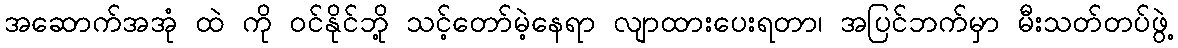
အဆောက်အအုံ ထဲ ကို ဝင်နိုင်ဘို့ သင့်တော်မဲ့နေရာ လျာထားပေးရတာ၊ အပြင်ဘက်မှာ မီးသတ်တပ်ဖွဲ့